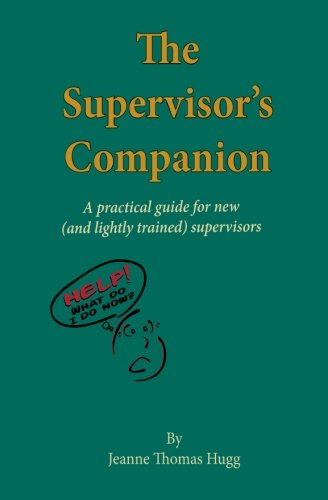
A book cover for The Supervisor's Companion: A practical guide for new  (and lightly trained) supervisors; Jeanne Thomas Hugg; Business & Money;